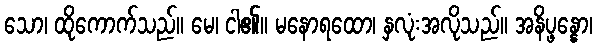
သော၊ ထိုကောက်သည်။ မေ၊ ငါ၏။ မနောရထော၊ နှလုံးအလိုသည်။ အနိပ္ဖန္နော၊